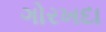
ગોરખદા